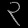
Digit: ၃